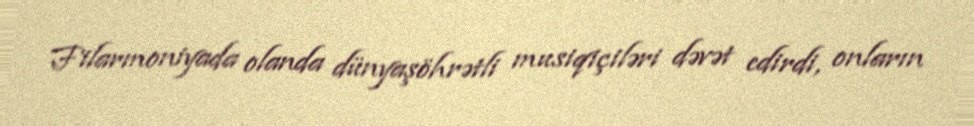
Filarmoniyada olanda dünyaşöhrətli musiqiçiləri dəvət edirdi, onların